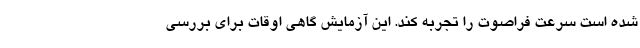
شده است سرعت فراصوت را تجربه کند. این آزمایش گاهی اوقات برای بررسی